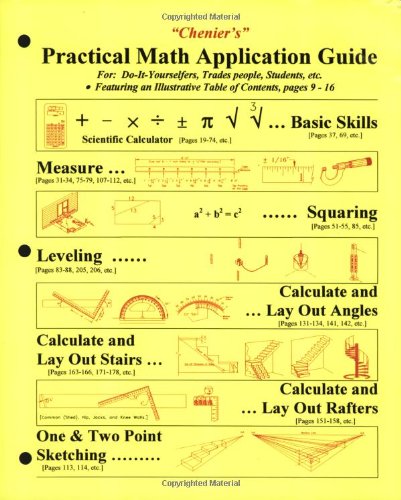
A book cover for Chenier's Practical Math Application Guide: For Do-it-yourselfers, Trades People, Students, Etc.; Norman J. Chenier; Science & Math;